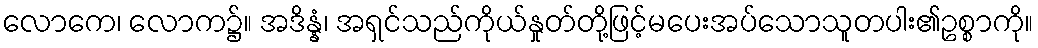
လောကေ၊ လောက၌။ အဒိန္နံ၊ အရှင်သည်ကိုယ်နှုတ်တို့ဖြင့်မပေးအပ်သောသူတပါး၏ဥစ္စာကို။